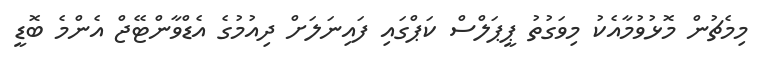
މިމެޗުން މޮޅުވުމާއެކު މިވަގުތު ޕީޕަލްސް ކަޕްގައި ފައިނަލަށް ދިއުމުގެ އެޑްވާންޓޭޖް އެންމެ ބޮޑީ